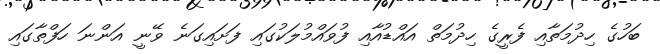
ބަހުގެ ހިދުމަތާއި ފެރީގެ ހިދުމަތް އައްޑުއާއި ފުވައްމުލަކުގައި ފަށައިގަނެ ވޭނީ އަންނަ ހަފްތާގައި